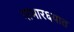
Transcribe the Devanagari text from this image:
गाभार६यात